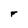
Character: F